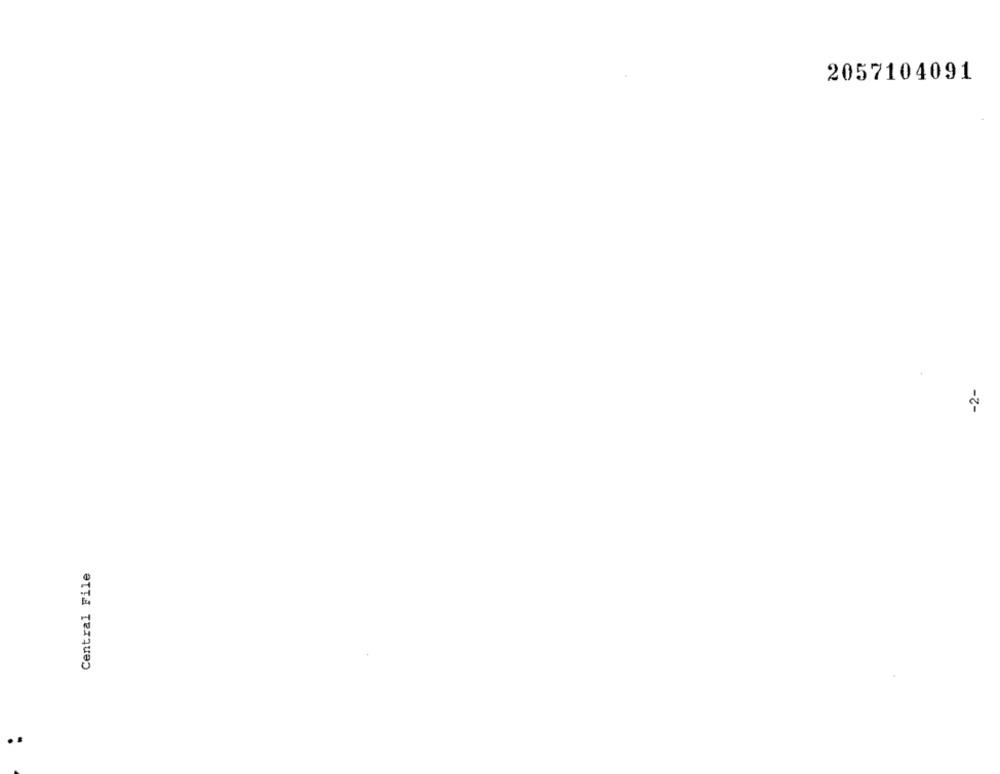
2057104091
-2-
Central File